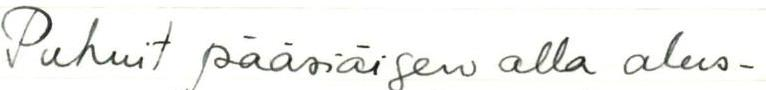
Puhuit pääsiäisen alla alus-